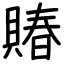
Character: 賰